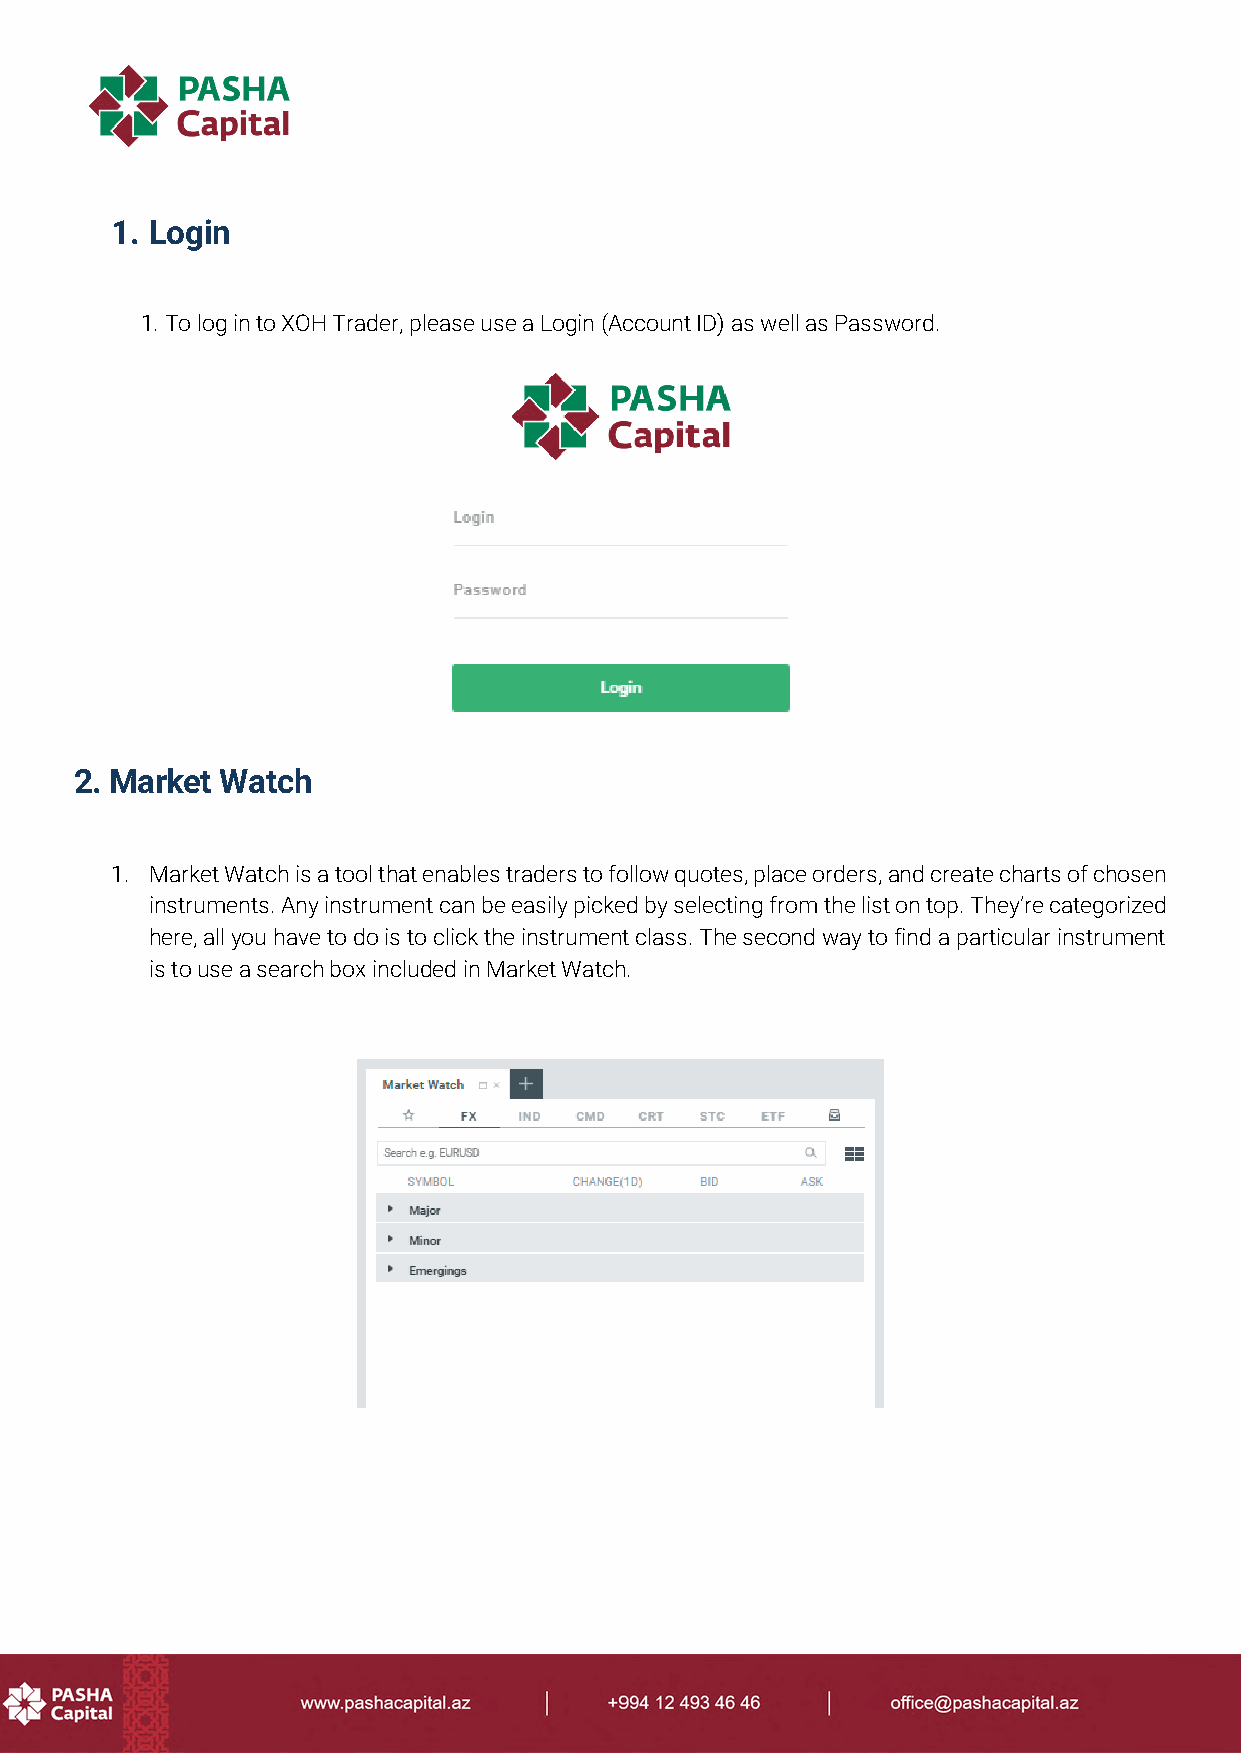
1. Login
 1. To log in to XOH Trader, please use a Login (Account ID) as well as Password.
 2. Market Watch
 1. Market Watch is a tool that enables traders to follow quotes, place orders, and create charts of chosen
 instruments. Any instrument can be easily picked by selecting from the list on top. They’re categorized
 here, all you have to do is to click the instrument class. The second way to find a particular instrument
 is to use a search box included in Market Watch.